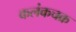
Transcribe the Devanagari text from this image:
कलंकचक्र